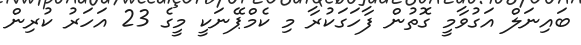
ބައިނަލް އަގުވާމީ ގޮތުން ފާހަގަކުރާ މި ކެމްޕޭނަކީ މީގެ 23 އަހަރު ކުރިން